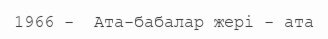
1966 -  Ата-бабалар жері - ата